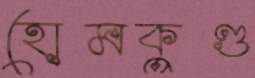
হোমকুণ্ড